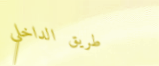
طريق الداخلي